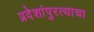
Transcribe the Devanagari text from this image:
प्रदेशांपुरत्याचा